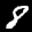
Label: 8